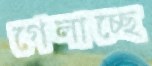
গেলাচ্ছে